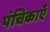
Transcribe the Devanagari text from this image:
पंचिकाएँ